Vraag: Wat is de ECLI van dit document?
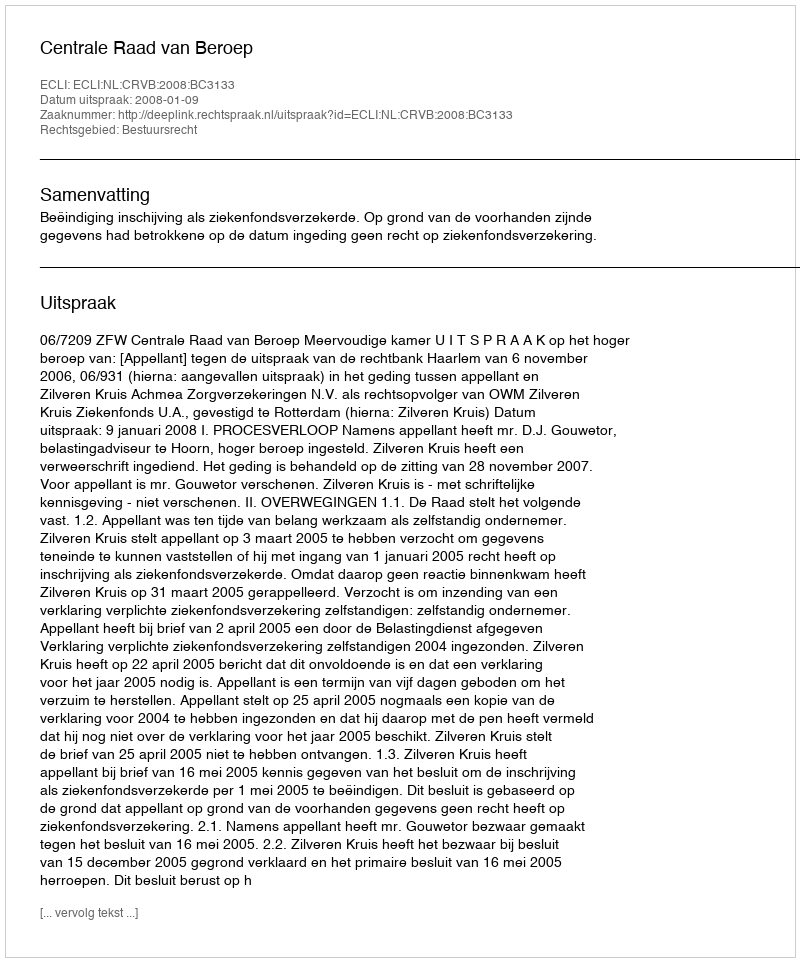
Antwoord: ECLI:NL:CRVB:2008:BC3133